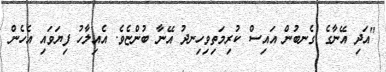
"އަދި އޭނާގެ ގެނބުން އައިސް ކުރިމަތިވިހިނދު އޭނާ ބުންޏެވެ. އެއިލާހު ފިޔަވައި އެހެން